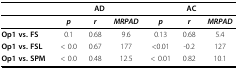
|  | <COLSPAN=3> AD | <COLSPAN=3> AC |
 | --- | --- | --- | --- | --- | --- | --- |
 |  | p | r | MRPAD | p | r | MRPAD |
 | Op1 vs. FS | 0.1 | 0.68 | 9.6 | 0.13 | 0.68 | 5.4 |
 | Op1 vs. FSL | < 0.0 | 0.67 | 177 | <0.01 | -0.2 | 127 |
 | Op1 vs. SPM | < 0.0 | 0.48 | 12.5 | < 0.01 | 0.82 | 10.1 |